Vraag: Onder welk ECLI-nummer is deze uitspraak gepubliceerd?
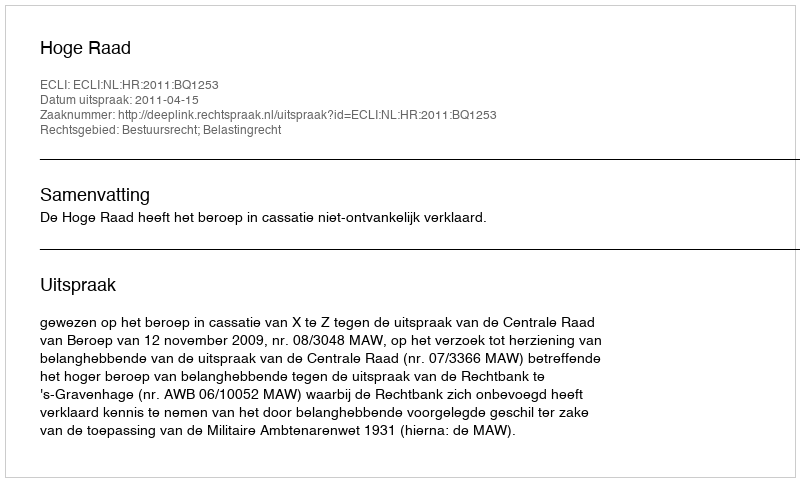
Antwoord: ECLI:NL:HR:2011:BQ1253